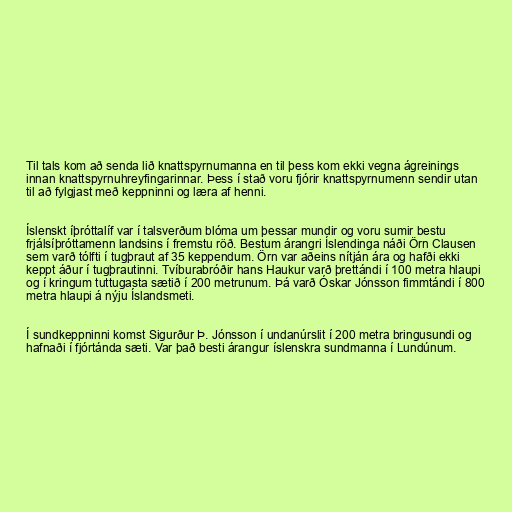
Til tals kom að senda lið knattspyrnumanna en til þess kom ekki vegna ágreinings
innan knattspyrnuhreyfingarinnar. Þess í stað voru fjórir knattspyrnumenn sendir utan
til að fylgjast með keppninni og læra af henni.

Íslenskt íþróttalíf var í talsverðum blóma um þessar mundir og voru sumir bestu
frjálsíþróttamenn landsins í fremstu röð. Bestum árangri Íslendinga náði Örn Clausen
sem varð tólfti í tugþraut af 35 keppendum. Örn var aðeins nítján ára og hafði ekki
keppt áður í tugþrautinni. Tvíburabróðir hans Haukur varð þrettándi í 100 metra hlaupi
og í kringum tuttugasta sætið í 200 metrunum. Þá varð Óskar Jónsson fimmtándi í 800
metra hlaupi á nýju Íslandsmeti.

Í sundkeppninni komst Sigurður Þ. Jónsson í undanúrslit í 200 metra bringusundi og
hafnaði í fjórtánda sæti. Var það besti árangur íslenskra sundmanna í Lundúnum.